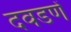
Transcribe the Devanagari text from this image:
दवडणें